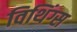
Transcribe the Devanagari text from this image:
विथिंग्स